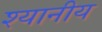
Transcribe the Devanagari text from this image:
श्यानीय